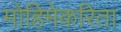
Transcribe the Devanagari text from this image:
मोहिमेकरिता